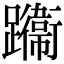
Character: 𨇙